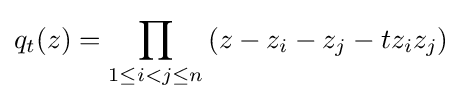
q_{t}(z)=\prod _{1\leq i<j\leq n}\left(z-z_{i}-z_{j}-tz_{i}z_{j}\right)